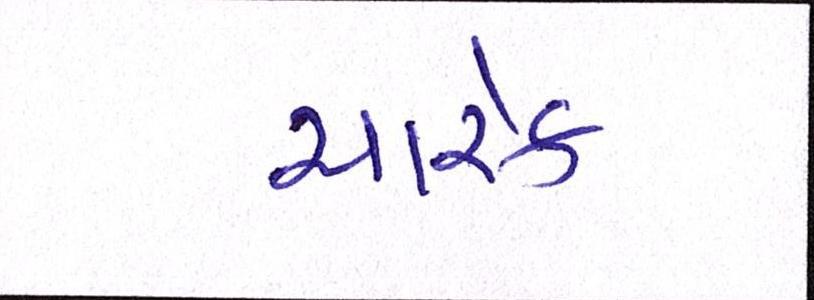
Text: ચારેક